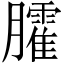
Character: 臛